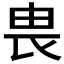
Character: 𪽉